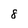
Character: 8